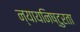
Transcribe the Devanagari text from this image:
न्यायनिष्टुरता